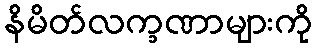
နိမိတ်လက္ခဏာများကို